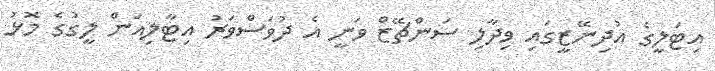
އިޓަލީގެ އުދިނޭޒީގައި ވިދާލި ސަންޗޭޒް ވަނީ އެ ދުވަސްވަރު އިޓާލިއަން ލީގުގެ މޮޅު